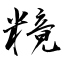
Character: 糡